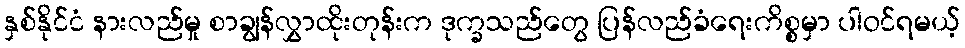
နှစ်နိုင်ငံ နားလည်မှု စာချွန်လွှာထိုးတုန်းက ဒုက္ခသည်တွေ ပြန်လည်ခံရေးကိစ္စမှာ ပါဝင်ရမယ့်